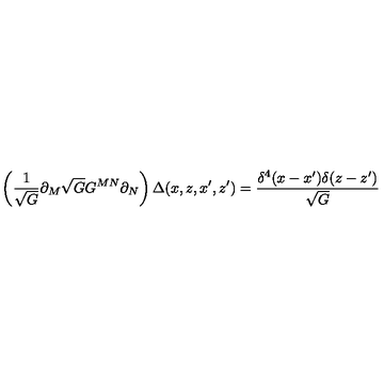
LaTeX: \left( \frac { 1 } { \sqrt { G } } \partial _ { M } \sqrt { G } G ^ { M N } \partial _ { N } \right) \Delta ( x , z , x ^ { \prime } , z ^ { \prime } ) = \frac { \delta ^ { 4 } ( x - x ^ { \prime } ) \delta ( z - z ^ { \prime } ) } { \sqrt { G } }